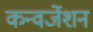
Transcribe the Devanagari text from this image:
कन्वर्जेशन